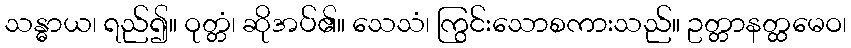
သန္ဓာယ၊ ရည်၍။ ဝုတ္တံ၊ ဆိုအပ်၏။ သေသံ၊ ကြွင်းသောစကားသည်။ ဥတ္တာနတ္ထမေဝ၊